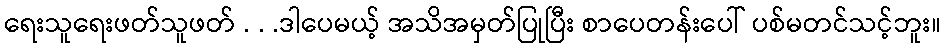
ရေးသူရေးဖတ်သူဖတ် . . .ဒါပေမယ့် အသိအမှတ်ပြုပြီး စာပေတန်းပေါ် ပစ်မတင်သင့်ဘူး။